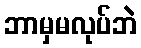
ဘာမှမလုပ်ဘဲ